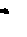
'